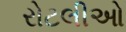
રોટલીઓ